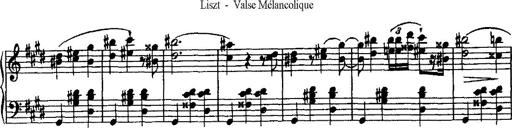
Title: Valse mÃ©lancolique
Composer: Paul Vidal
Key: F-sharp minor